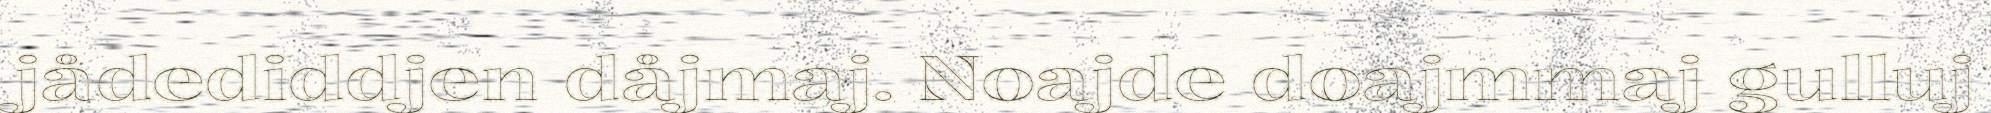
jådediddjen dåjmaj. Noajde doajmmaj gulluj